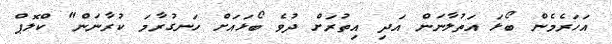
އަހަރެމެން ބޯޅަ އަތުލާނަން އަދި އިތުރަށް ދުވެ ބޯޅައަށް ހަނގުރާމަ ކުރާނަން" ކްލޮޕް